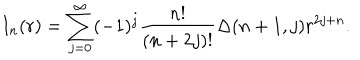
LaTeX: I _ { n } ( r ) = \sum _ { j = 0 } ^ { \infty } ( - 1 ) ^ { j } \frac { n ! } { ( n + 2 j ) ! } \Delta ( n + 1 , j ) r ^ { 2 j + n } .